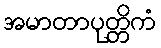
အမာတာပုတ္တိကံ